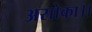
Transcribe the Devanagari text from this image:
असोका।।